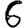
Digit: 6